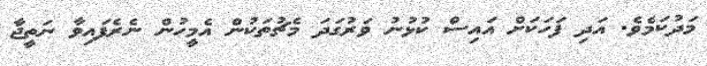
މަދުކަމެވެ. އަދި ފަހަކަށް އައިސް ކުޅުނު ވަރުގަދަ މެޗުތަކުން އެމީހުން ނެރެފައިވާ ނަތީޖާ